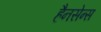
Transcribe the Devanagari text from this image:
हैनसेन्स